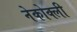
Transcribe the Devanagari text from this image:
नेकोक्ली